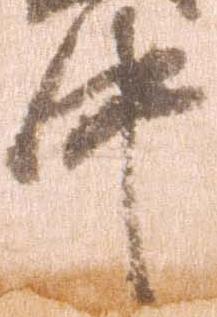
中